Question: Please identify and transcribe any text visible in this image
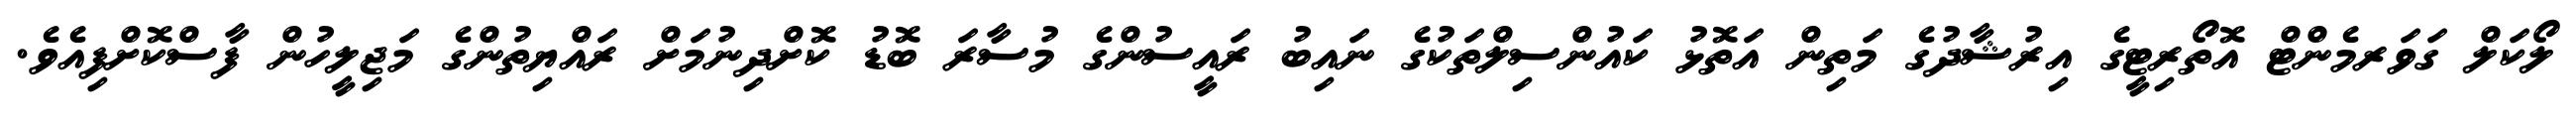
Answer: ލޯކަލް ގަވަރމެންޓް އޮތޯރިޓީގެ އިރުޝާދުގެ މަތިން އަތޮޅު ކައުންސިލްތަކުގެ ނައިބު ރައީސުންގެ މުސާރަ ބޮޑު ކޮށްދިނުމަށް ރައްޔިތުންގެ މަޖިލީހުން ފާސްކޮށްފިއެވެ.